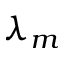
\lambda _ { m }